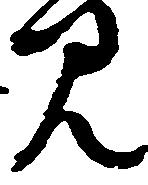
見